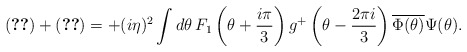
\begin{align*}\eqref{Achi1} + \eqref{Aphi2}= +(i\eta)^2 \int d\theta\, F_1\left(\theta +\frac{i\pi}{3}\right)g^+\left(\theta -\frac{2\pi i}{3}\right)\overline{\Phi(\theta)}\Psi(\theta).\end{align*}